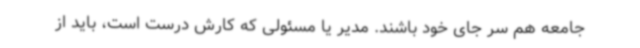
جامعه هم سر جای خود باشند. مدیر یا مسئولی که کارش درست است، باید از